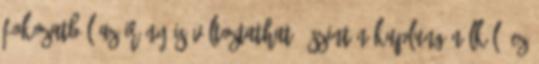
fokozatból az irány is változtatható, szintén kuplung nélkül. Ez